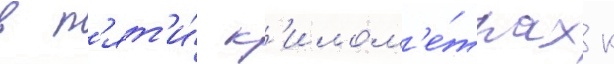
в п'ят'и́ к'илом'е́трах к